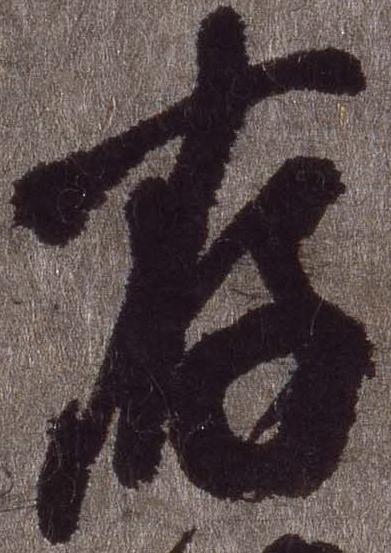
存